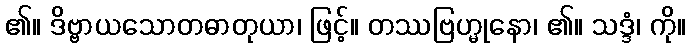
၏။ ဒိဗ္ဗာယသောတဓာတုယာ၊ ဖြင့်။ တဿဗြဟ္မုနော၊ ၏။ သဒ္ဒံ၊ ကို။